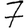
Digit: 7